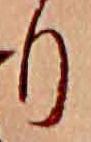
り